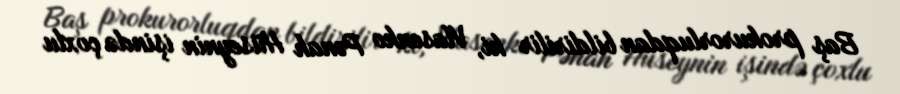
Baş prokurorluqdan bildirilir ki, Vlasenko Pənah Hüseynin işində çoxlu